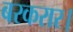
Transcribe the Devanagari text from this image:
बरकरार।